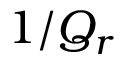
1 / Q _ { r }